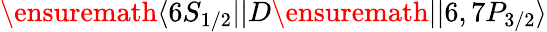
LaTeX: \ensuremath{\langle 6S_{1/2}||}D\ensuremath{||6,7P_{3/2}\rangle}